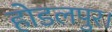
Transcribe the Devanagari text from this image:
होडलपुर।